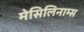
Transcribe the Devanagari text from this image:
मेसिलिनाम्स